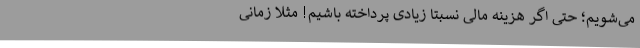
می‌شویم؛ حتی اگر هزینه مالی نسبتا زیادی پرداخته باشیم! مثلا زمانی